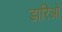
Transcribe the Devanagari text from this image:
डारिओ